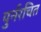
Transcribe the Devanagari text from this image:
पुर्नरचित